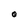
Character: O